Annual report on the working of the mental hospitals in the Madras Presidency - 1912-1932
Year: 1912
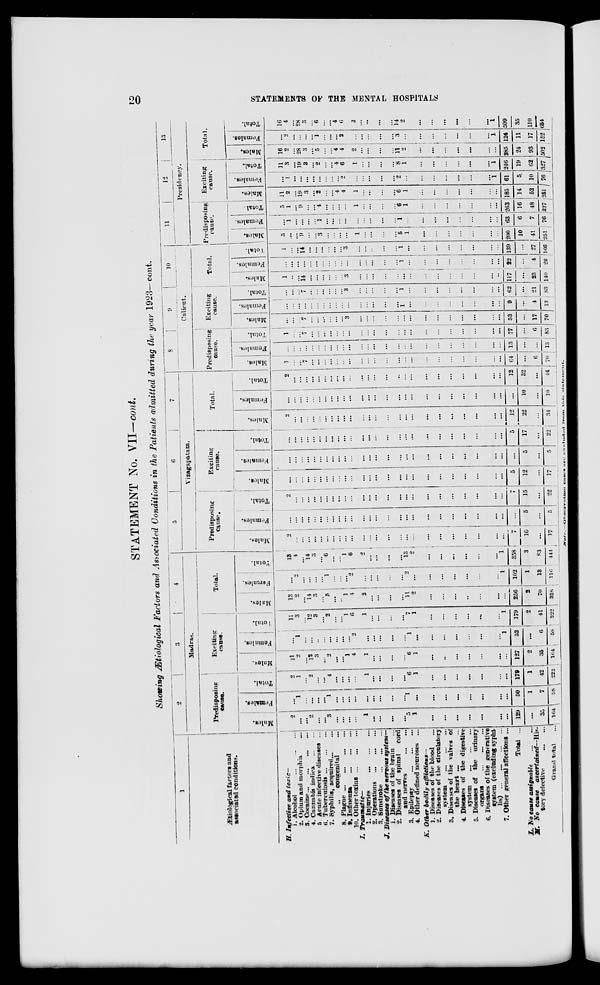
20
STATEMENTS OF THE MENTAL HOSPITALS
STATEMENT No. VII—cont.
Showing Ætiological Factors and Associated Conditions in the Patients admitted during the year 1923—cont.
1
Ætiological factors and
associated conditions.
H. Infective and toxic—
1. Alcohol
...
...
...
2. Opium and morphia ...
3. Cocaine ... ... ... ...
4. Cannabis indica
...
...
5. Acute infective diseases ...
6. Tuberculosis ... ... ...
7. Syphilis, acquired ... ...
„ congenital ...
8. Plague
...
...
...
...
9.
Influenza
...
...
...
10. Other toxins
...
...
...
I. Traumatic—
1. Injuries
...
...
...
2. Operations
...
...
...
3. Sunstroke ... ... ...
J. Diseases of the nervous system—
1. Diseases of the brain ...
2. Diseases of spinal
cord
and nerves
...
...
3. Epilepsy
...
...
...
4. Other defined neuroses ...
K. Other bodily
afflictions—
1. Diseases of the blood ...
2. Diseases of the circulatory
system
...
...
...
3. Diseases of the valves of
the heart ...
4. Diseases of the digestive
system
...
...
...
5. Diseases of the urinary
organs
...
...
...
6. Diseases of the generative
system (excluding syphi-
lis)
...
...
...
...
7. Other general affections ...
Total ...
L. No cause assignable
...
...
M. No cause
ascertained—His-
tory defective
...
...
Grand total ...
2
3
4
Madras.
Predisposing
cause.
Males.
2
...
...
2
...
...
3
...
...
...
...
1
...
...
...
...
5
1
...
...
...
...
...
...
...
129
...
35
164
Females.
...
1
...
...
...
...
1
...
...
...
...
...
...
...
...
...
1
...
...
...
...
...
...
...
...
50
1
7
58
Total.
2
1
...
2
...
...
4
...
...
...
...
1
...
...
...
...
6
1
...
...
...
...
...
...
...
179
1
42
222
Exciting
cause.
Males.
11
2
...
12
3
...
2
...
...
1
4
1
...
...
...
...
6
1
...
...
...
...
...
...
...
127
2
35
164
Females.
...
1
...
...
...
...
...
...
...
...
2
...
...
...
...
...
1
...
...
...
...
...
...
...
1
52
...
6
58
Total.
11
3
...
12
3
...
2
...
...
1
6
1
...
...
...
...
7
1
...
...
...
...
...
...
1
179
2
41
222
Total.
Males.
13
2
...
14
3
...
5
...
...
1
4
2
...
...
...
...
11
2
...
...
...
...
...
...
...
256
2
70
328
Females.
...
2
...
...
...
...
1
...
...
...
2
...
...
...
...
...
2
...
...
...
...
...
...
...
1
102
1
13
116
Total.
13
4
...
14
3
...
6
...
...
1
6
2
...
...
...
...
13
2
...
...
...
...
...
...
1
358
3
83
444
5
6
7
Vizagapatam.
Predisposing
cause.
Males.
2
...
...
...
...
...
...
...
...
...
...
...
...
...
...
...
...
...
...
...
...
...
...
...
...
7
10
...
17
Females.
...
...
...
...
...
...
...
...
...
...
...
...
...
...
...
...
...
...
...
...
...
...
...
...
...
...
5
...
5
Total.
2
...
...
...
...
...
...
...
...
...
...
...
...
...
...
...
...
...
...
...
...
...
...
...
...
7
15
...
22
Exciting
cause.
Males.
...
...
...
...
...
...
...
...
...
...
...
...
...
...
...
...
...
...
...
...
...
...
...
...
...
5
12
...
17
Females.
...
...
...
...
...
...
...
...
...
...
...
...
...
...
...
...
...
...
...
...
...
...
...
...
...
...
5
...
5
Total.
...
...
...
...
...
...
...
...
...
...
...
...
...
...
...
...
...
...
...
...
...
...
...
...
...
5
17
...
22
Total.
Males.
2
...
...
...
...
...
...
...
...
...
...
...
...
...
...
...
...
...
...
...
...
...
...
...
...
12
22
...
34
Females.
...
...
...
...
...
...
...
...
...
...
...
...
...
...
...
...
...
...
...
...
...
...
...
...
...
...
10
...
10
Total.
2
...
...
...
...
...
...
...
...
...
...
...
...
...
...
...
...
...
...
...
...
...
...
...
...
12
32
...
44
8
9
10
Calicut.
Predisposing
cause.
Males.
1
...
...
7
...
...
...
...
...
...
...
...
...
...
...
...
...
...
...
...
...
...
...
...
...
64
...
6
70
Females.
...
...
...
...
...
...
...
...
...
...
...
...
...
...
...
...
...
...
...
...
...
...
...
...
...
13
...
...
13
Total.
1
...
...
7
...
...
...
...
...
...
...
...
...
...
...
...
...
...
...
...
...
...
...
...
...
77
...
6
83
Exciting
cause.
Males.
...
...
...
7
...
...
...
...
...
...
3
...
...
...
...
...
...
...
...
...
...
...
...
...
...
53
...
17
70
Females.
...
...
...
...
...
...
...
...
...
...
...
...
...
...
...
...
1
...
...
...
...
...
...
...
...
9
...
4
13
Total.
...
...
...
7
...
...
...
...
...
...
3
...
...
...
...
...
1
...
...
...
...
...
...
...
...
62
...
21
83
Total.
Males.
1
...
...
14
...
...
...
...
...
...
3
...
...
...
...
...
...
...
...
...
...
...
...
...
...
117
...
23
140
Females.
...
...
...
...
...
...
...
...
...
...
...
...
...
...
...
...
1
...
...
...
...
...
...
...
...
22
...
4
26
Total.
1
...
...
14
...
...
...
...
...
...
3
...
...
...
...
...
1
...
...
...
...
...
...
...
...
139
...
27
166
11
12
13
Presidency.
Predisposing
cause.
Males.
5
...
...
9
...
...
3
...
...
...
...
1
...
...
...
...
5
1
...
...
...
...
...
...
...
200
10
41
251
Females.
...
1
...
...
...
...
1
...
...
...
...
...
...
...
...
...
1
...
...
...
...
...
...
...
...
63
6
7
76
Total.
5
1
...
9
...
...
4
...
...
...
...
1
...
...
...
...
6
1
...
...
...
...
...
...
...
263
16
48
327
Exciting
cause.
Males.
11
2
...
19
3
...
2
...
...
4 4
1
...
...
...
...
6
1
...
...
...
...
...
...
...
185
14
52
251
Females.
...
1
...
...
...
...
...
...
...
...
2
...
...
...
...
...
2
...
...
...
...
...
...
...
1
61
5
10
76
Total.
11
3
...
19
3
...
2
...
...
4
6
1
...
...
...
...
8
1
...
...
...
...
...
...
1
246
19
62
327
Total.
Males.
16
2
...
28
3
...
5
...
...
4
4
2
...
...
...
...
11
2
...
...
...
...
...
...
...
385
24
93
502
Females.
...
2
...
...
...
...
1
...
...
...
2
...
...
...
...
...
3
...
...
...
...
...
...
...
1
124
11
17
152
Total.
16
4
...
28
3
...
6
...
...
4
6
2
...
...
...
...
14
2
...
...
...
...
...
...
1
509
35
110
654
Note.—Observation cases are excluded from this statement.